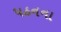
પઠનના